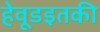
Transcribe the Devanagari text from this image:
हेवूडइतकी